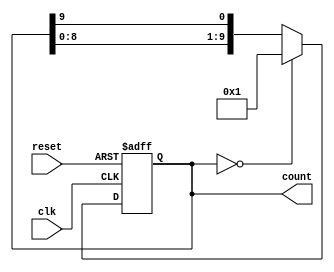
module decade_ring_counter (
    input wire clk,        // Clock input
    input wire reset,      // Asynchronous reset
    output reg [9:0] count // 10-bit output representing the current count
);

// Initial state
initial begin
    count = 10'b0000000001; // Start with the first state (0000 0001)
end

// Always block triggered on the rising edge of the clock or reset
always @(posedge clk or posedge reset) begin
    if (reset) begin
        count <= 10'b0000000001; // Reset to the first state
    end else begin
        // Shift the '1' bit to the right and wrap around
        count <= {count[8:0], count[9]};
        
        // Ensure only one bit is high and handle wrapping back to the first state
        if (count == 10'b0000000000) begin
            count <= 10'b0000000001;
        end
    end
end

endmodule